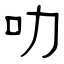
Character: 叻